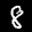
Label: 8